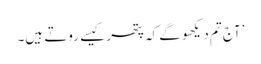
’آج تم دیکھو گے کہ پتھر کیسے روتے ہیں۔